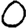
Digit: 0